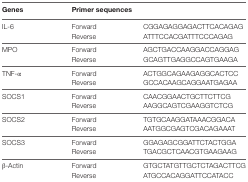
<table><thead><tr><td><b>Genes</b></td><td colspan="2"><b>Primer sequences</b></td></tr></thead><tbody><tr><td>IL-6</td><td>ForwardReverse</td><td>CGGAGAGGAGACTTCACAGAGATTTCCACGATTTCCCAGAG</td></tr><tr><td>MPO</td><td>ForwardReverse</td><td>AGCTGACCAAGGACCAGGAGGCAGTTGAGGCCAGTGAAGA</td></tr><tr><td>TNF-α</td><td>ForwardReverse</td><td>ACTGGCAGAAGAGGCACTCCGCCACAAGCAGGAATGAGAA</td></tr><tr><td>SOCS1</td><td>ForwardReverse</td><td>CAACGGAACTGCTTCTTCGAAGGCAGTCGAAGGTCTCG</td></tr><tr><td>SOCS2</td><td>ForwardReverse</td><td>TGTGCAAGGATAAACGGACAAATGGCGAGTCGACAGAAAT</td></tr><tr><td>SOCS3</td><td>ForwardReverse</td><td>GGAGAGCGGATTCTACTGGATGACGCTCAACGTGAAGAAG</td></tr><tr><td>β-Actin</td><td>ForwardReverse</td><td>GTGCTATGTTGCTCTAGACTTCGATGCCACAGGATTCCATACC</td></tr></tbody></table>